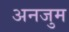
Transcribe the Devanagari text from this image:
अनजुम